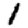
Digit: 1